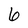
Character: 6